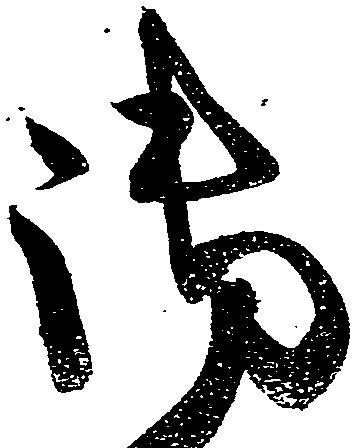
御